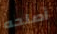
أصلحه